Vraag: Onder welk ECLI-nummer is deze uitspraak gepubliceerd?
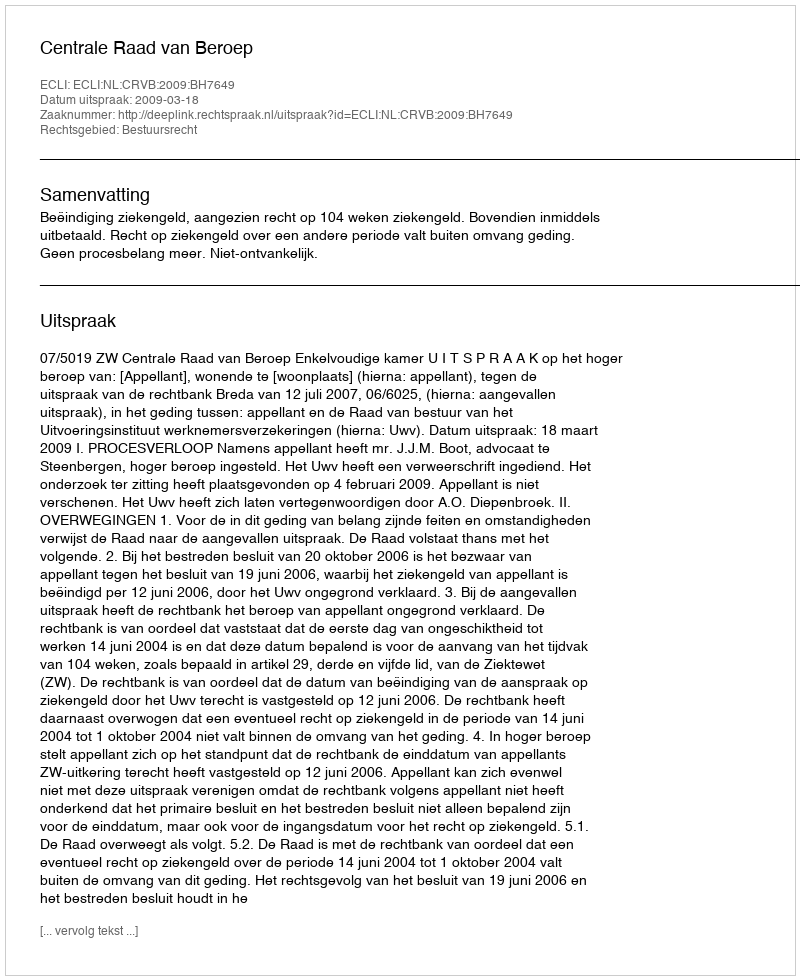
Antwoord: ECLI:NL:CRVB:2009:BH7649